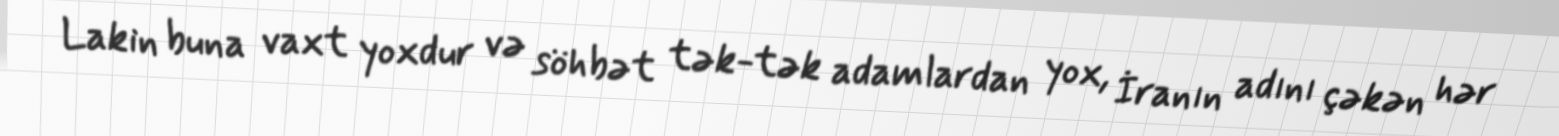
Lakin buna vaxt yoxdur və söhbət tək-tək adamlardan yox, İranın adını çəkən hər